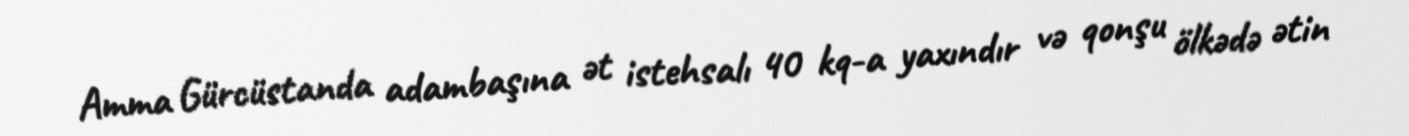
Amma Gürcüstanda adambaşına ət istehsalı 40 kq-a yaxındır və qonşu ölkədə ətin